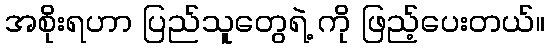
အစိုးရဟာ ပြည်သူတွေရဲ့ ကို ဖြည့်ပေးတယ်။